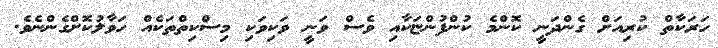
ހަރަކާތް ކުރިއަށް ގެންދަނީ ކޮންމެ ކުންފުންޏަކާއި ވެސް ވަނީ ވަކިވަކި މިސްކިތްތަކެއް ހަވާލުކޮށްގެންނެވެ.